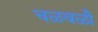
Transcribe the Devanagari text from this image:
चळवळीे